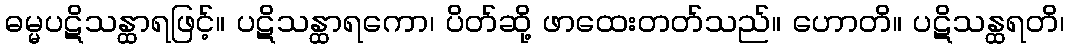
ဓမ္မပဋိသန္ထာရဖြင့်။ ပဋိသန္ထာရကော၊ ပိတ်ဆို့ ဖာထေးတတ်သည်။ ဟောတိ။ ပဋိသန္ထရတိ၊